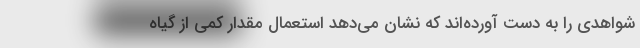
شواهدی را به دست آورده‌اند که نشان می‌دهد استعمال مقدار کمی از گیاه